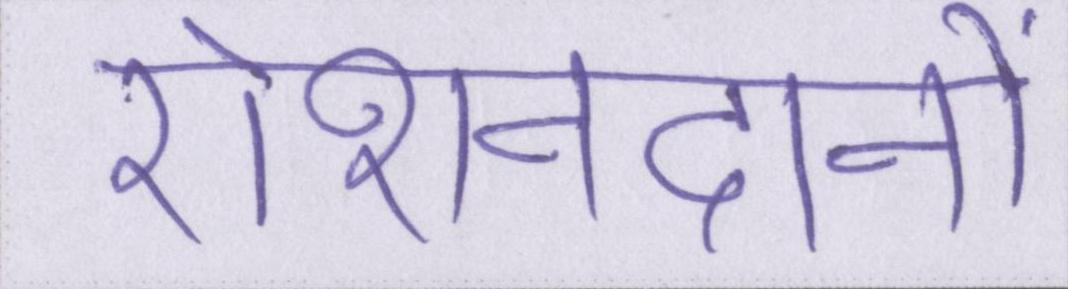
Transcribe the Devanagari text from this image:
रोशनदानों